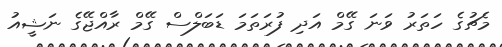
މެޗުގެ ހަތަރު ވަނަ ގޭމް އަދި ފުރަތަމަ ޑަބަލްސް ގޭމް ރާއްޖޭގެ ނަޝީއު